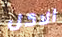
الاكل